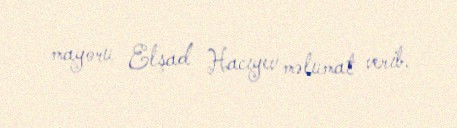
mayoru Elşad Hacıyev məlumat verib.